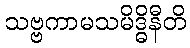
သဗ္ဗကာမသမိဒ္ဓိနီတိ